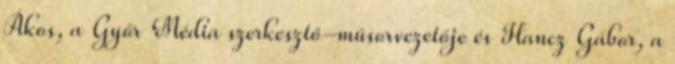
Ákos, a Győr Média szerkesztő-műsorvezetője és Hancz Gábor, a